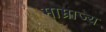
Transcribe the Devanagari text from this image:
माम्राज्य